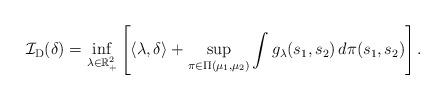
LaTeX: \begin{align*} \mathcal{I}_{\mathrm{D}}(\delta) & = \inf_{\lambda \in \mathbb{R}_{+}^2} \left[\langle \lambda, \delta \rangle + \sup_{\pi \in \Pi(\mu_1, \mu_2)} \int g_{\lambda}(s_1, s_2) \, d \pi(s_1, s_2) \right].\end{align*}